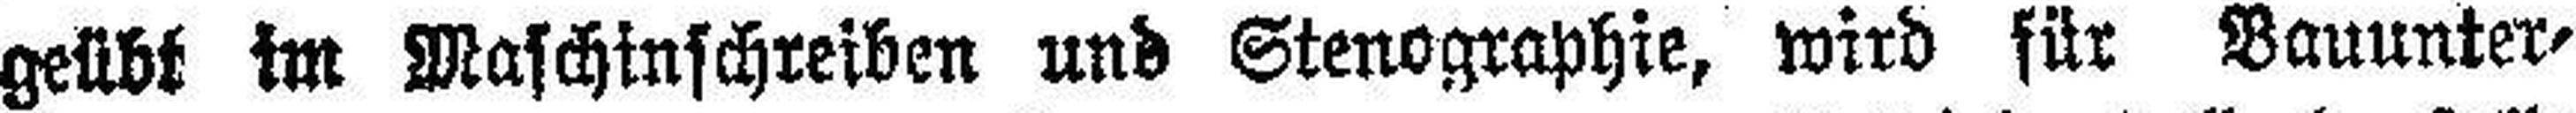
geübt im Maschinschreiben und Stenographie, wird für Bauunter¬